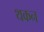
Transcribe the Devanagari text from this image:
थकन